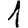
Digit: 1